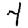
Digit: 4